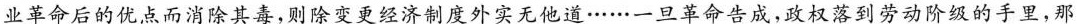
业革命后的优点而消除其毒，则除变更经济制度外实无他道……一旦革命告成，政权落到劳动阶级的手里，那